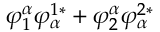
\varphi _ { 1 } ^ { \alpha } \varphi _ { \alpha } ^ { 1 * } + \varphi _ { 2 } ^ { \alpha } \varphi _ { \alpha } ^ { 2 * }